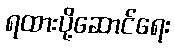
ရထားပို့ဆောင်ရေး